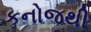
કનોજથી